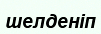
шелденіп